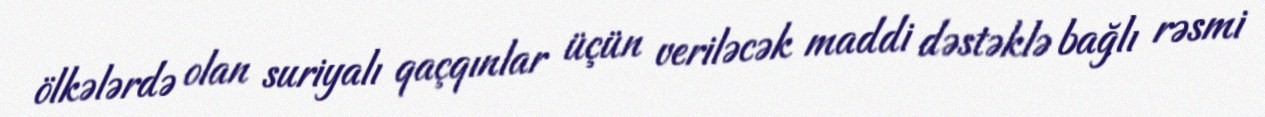
ölkələrdə olan suriyalı qaçqınlar üçün veriləcək maddi dəstəklə bağlı rəsmi